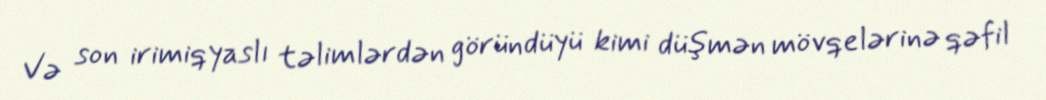
Və son irimiqyaslı təlimlərdən göründüyü kimi düşmən mövqelərinə qəfil